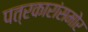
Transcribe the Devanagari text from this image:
पत्रकारांसमोर